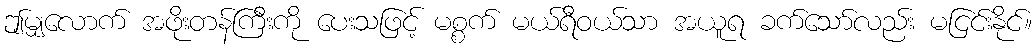
ဤမျှလောက် အဖိုးတန်ကြီးကို ပေးသဖြင့် မစ္စက် မယ်ရီဝယ်သာ အယူရ ခက်သော်လည်း မငြင်းနိုင်။